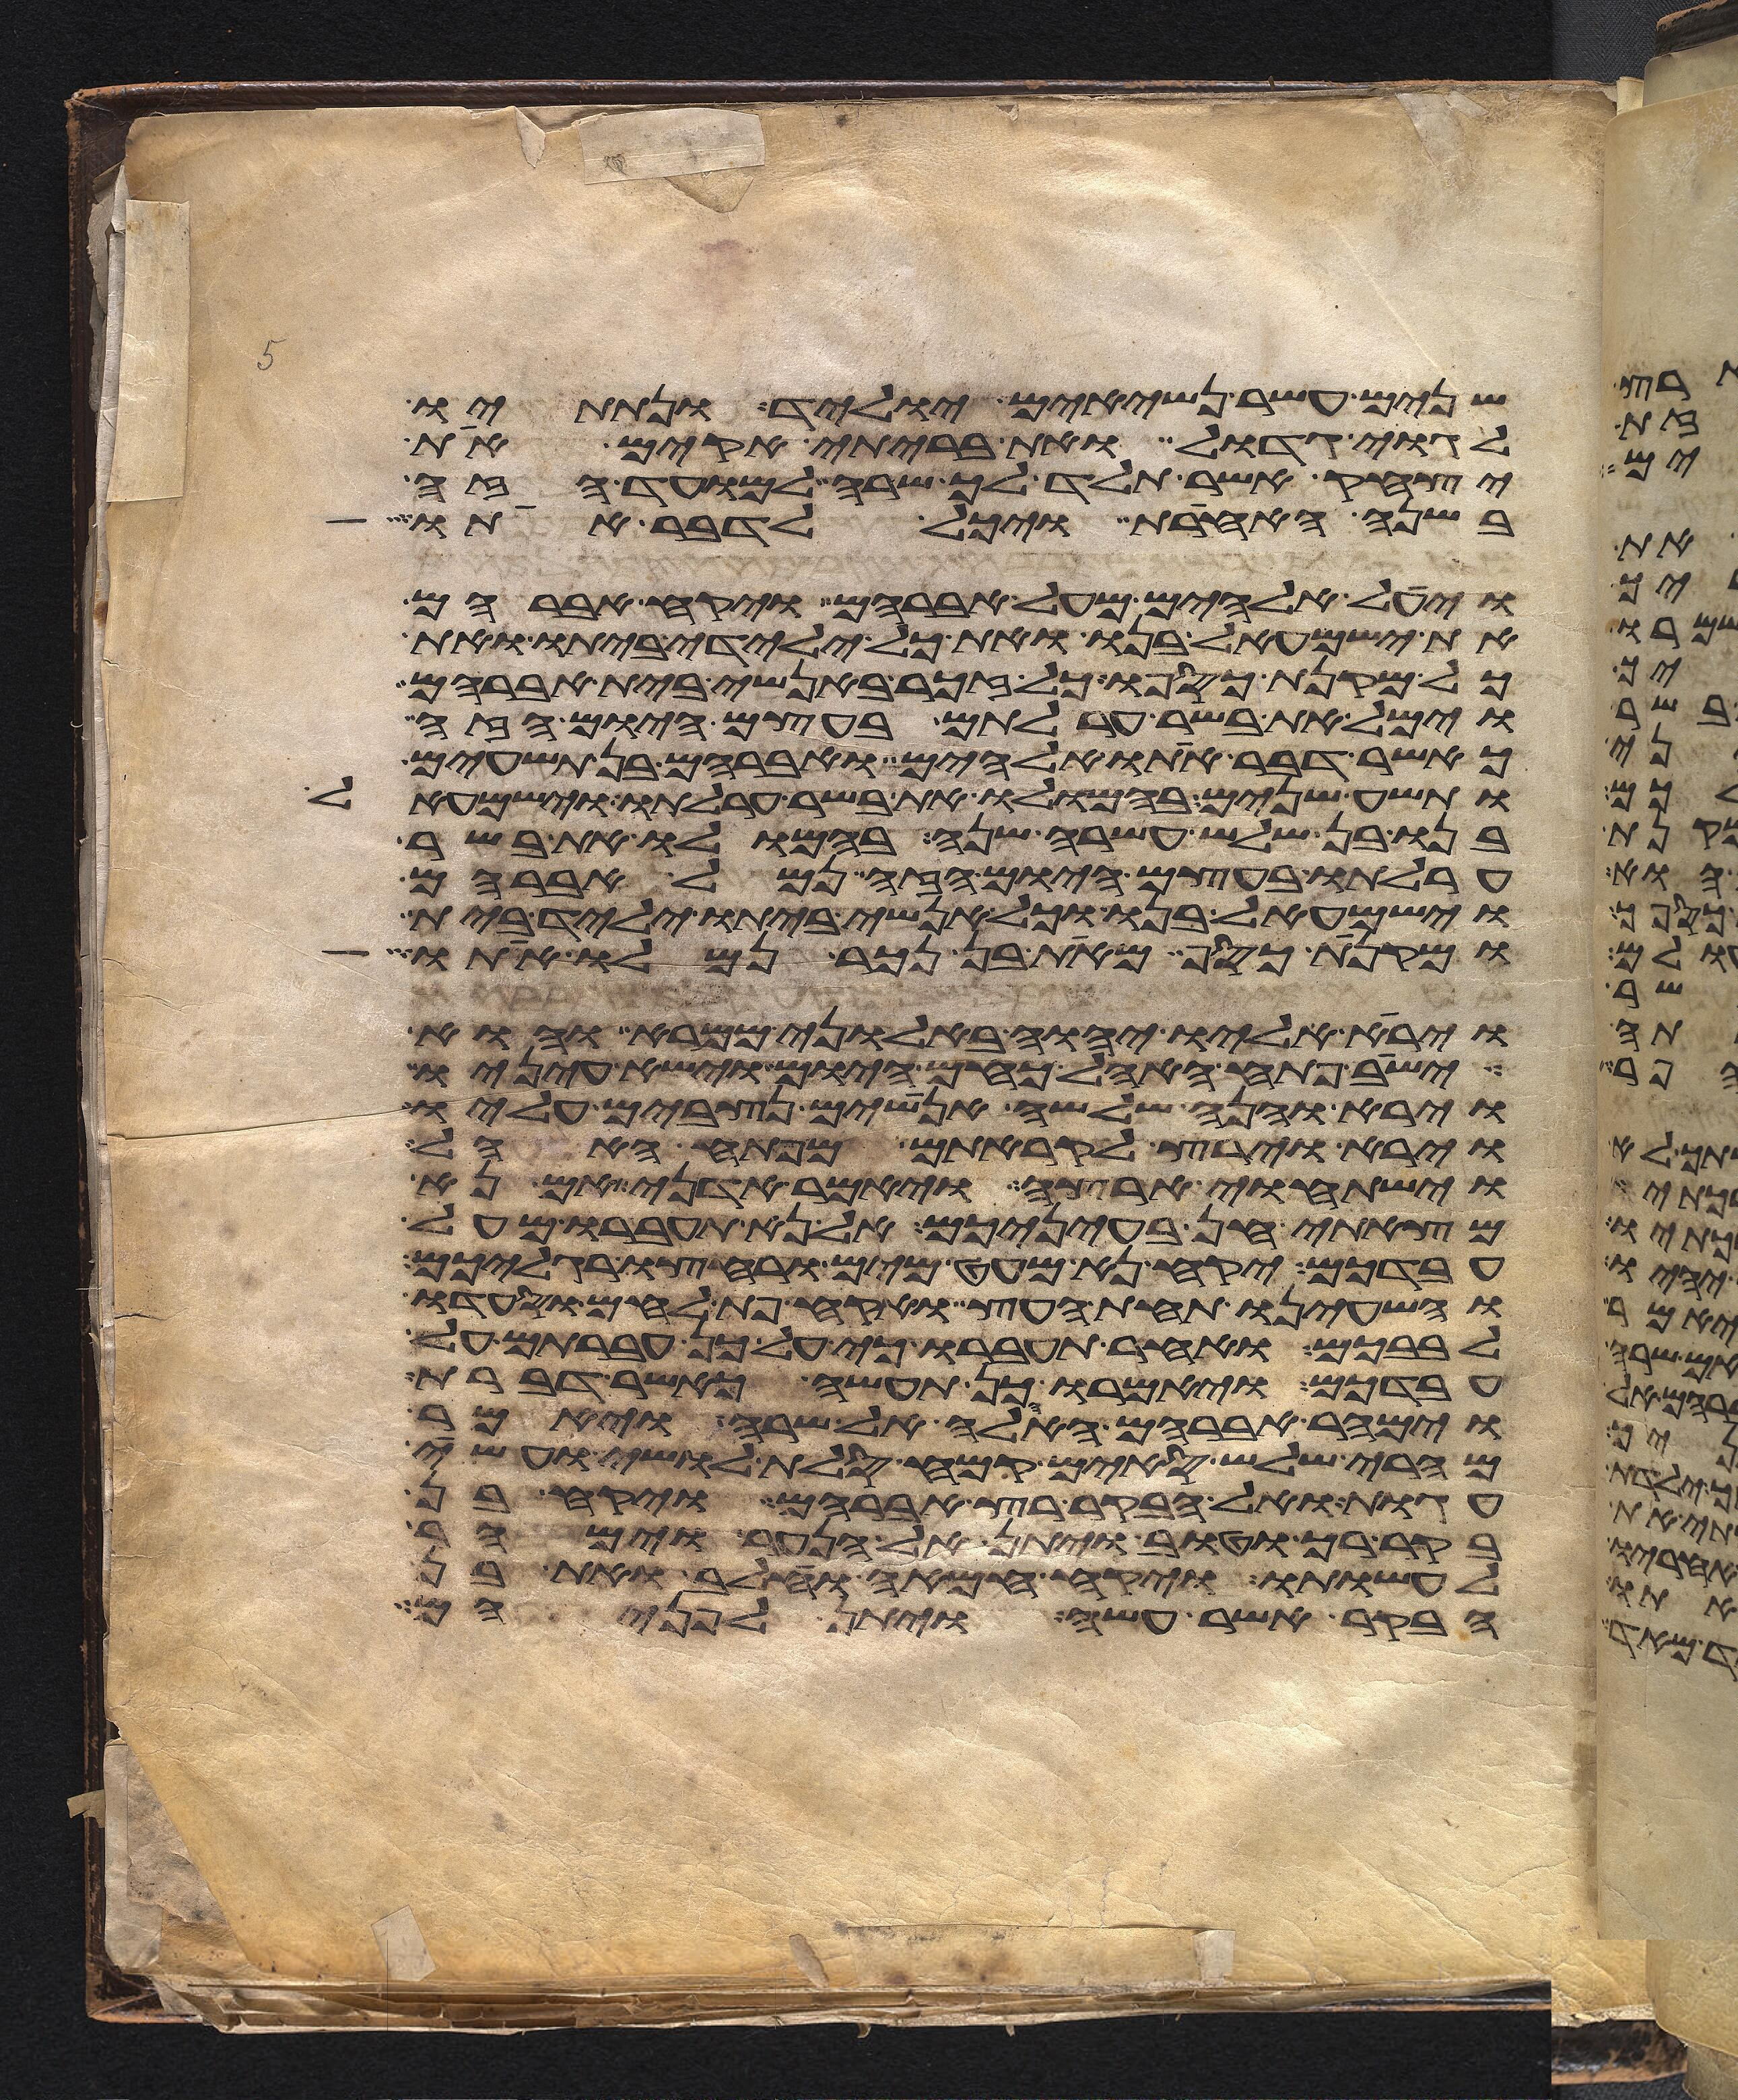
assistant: שנים עשר נשיאים יוליד ונתתיו
לגוי גדול ואת בריתי אקים את
יצחק אשר תלד לך שרה למועד הזה
בשנה האחרת ויכל לדבר אתו
ויעל אלהים מעל אברהם ויקח אברהם
את ישמעאל בנו ואת כל ילידי ביתו ואת
כל מקנת כספו כל זכר באנשי בית אברהם
וימל את בשר ערלתם בעצם היום הזה
כאשר דבר אתו אלהים ואברהם בן תשעים
ותשע שנים בהמלו את בשר ערלתו וישמעאל
בנו בן שלש עשרה שנה בהמלו את בשר
ערלתו בעצם היום הזה נמל אברהם
וישמעאל בנו וכל אנשי ביתו יליד בית
ומקנת כסף מאת בן נכר נמלו אתו
וירא אליו יהוה באלוני ממרא והוא
ישב פתח האהל כחם היום וישא עיניו
וירא והנה שלשה אנושים נצבים עליו
וירא וירץ לקראתם מפתח האהל
וישתחוי ארצה ויאמר אדני אם נא
מצאתי חן בעיניכם אל נא תעברו מעל
עבדכם יקח נא מעט מים ורחצו רגליכם
והשעינו תחת העץ ואקח פת לחם וסעדו
לבבכם ואחר תעברו כי על כן עברתם על
עבדכם ויאמרו כן תעשה כאשר דברת
וימהר אברהם האהלה אל שרה ויאמר
מהרי שלש סים קמח סלת לושי ועשה
עגות ואל הבקר רץ אברהם ויקח בן
בקר רך וטוב ויתן אל הנער וימהר
לעשותו ויקח חמאה וחלב ואת בן
הבקר אשר עשה ויתן לפניהם